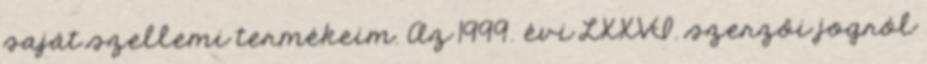
saját szellemi termékeim. Az 1999. évi LXXVI. szerzői jogról